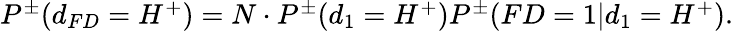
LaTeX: \begin{array}{r}{P^{\pm}(d_{FD}=H^{+})=N\cdot P^{\pm}(d_{1}=H^{+})P^{\pm}(FD=1|d_{1}=H^{+}).}\end{array}